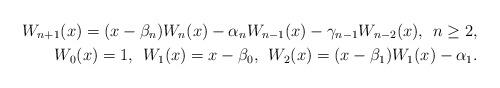
LaTeX: \begin{align*}W_{n+1}(x)=(x-\beta_{n})W_{n}(x)-\alpha_{n}W_{n-1}(x)-\gamma_{n-1}W_{n-2}(x),\:\: n \geq 2,\\ W_{0}(x)=1,\:\: W_{1}(x)=x-\beta_{0},\:\:W_{2}(x)=(x-\beta_{1})W_{1}(x)-\alpha_{1}.\end{align*}